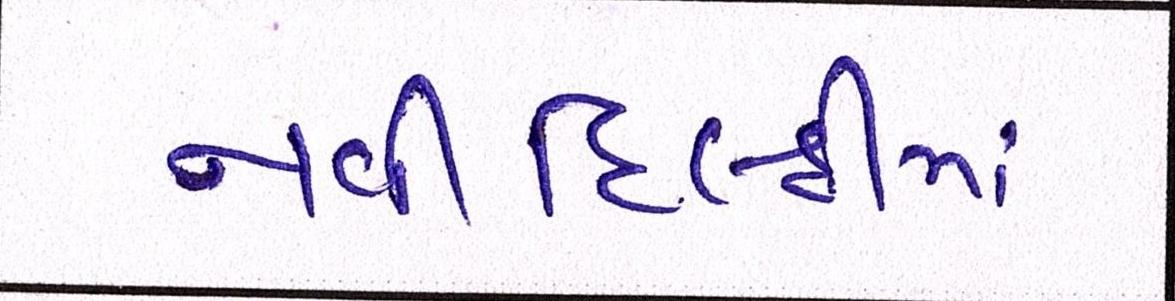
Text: નવીદિલ્હીમાં